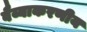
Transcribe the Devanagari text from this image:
वैय्याकरणीय